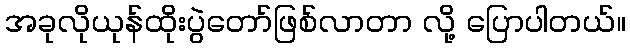
အခုလိုယုန်ထိုးပွဲတော်ဖြစ်လာတာ လို့ ပြောပါတယ်။